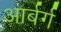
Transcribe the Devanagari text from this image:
आर्बर्ग